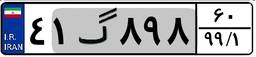
۸۶گ۶۹۴۳۳